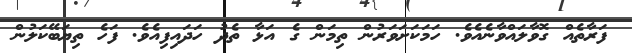
ފަރާތެއް ގޮވާލައްވާނެއެވެ. ހަމަކަށަވަރުން ތިމަން ގެ އަޅާ ތެދު ހަދައިފިއެވެ. ފަހެ ތިޔަބޭކަލުން